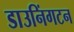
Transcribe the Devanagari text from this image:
डाउनिंगटन